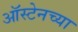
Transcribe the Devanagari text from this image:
ऑस्टेनच्या